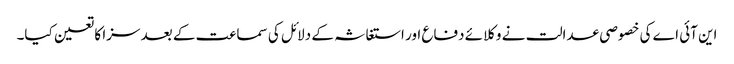
این آئی اے کی خصوصی عدالت نے وکلائے دفاع اور استغاثہ کے دلائل کی سماعت کے بعد سزا کا تعین کیا۔